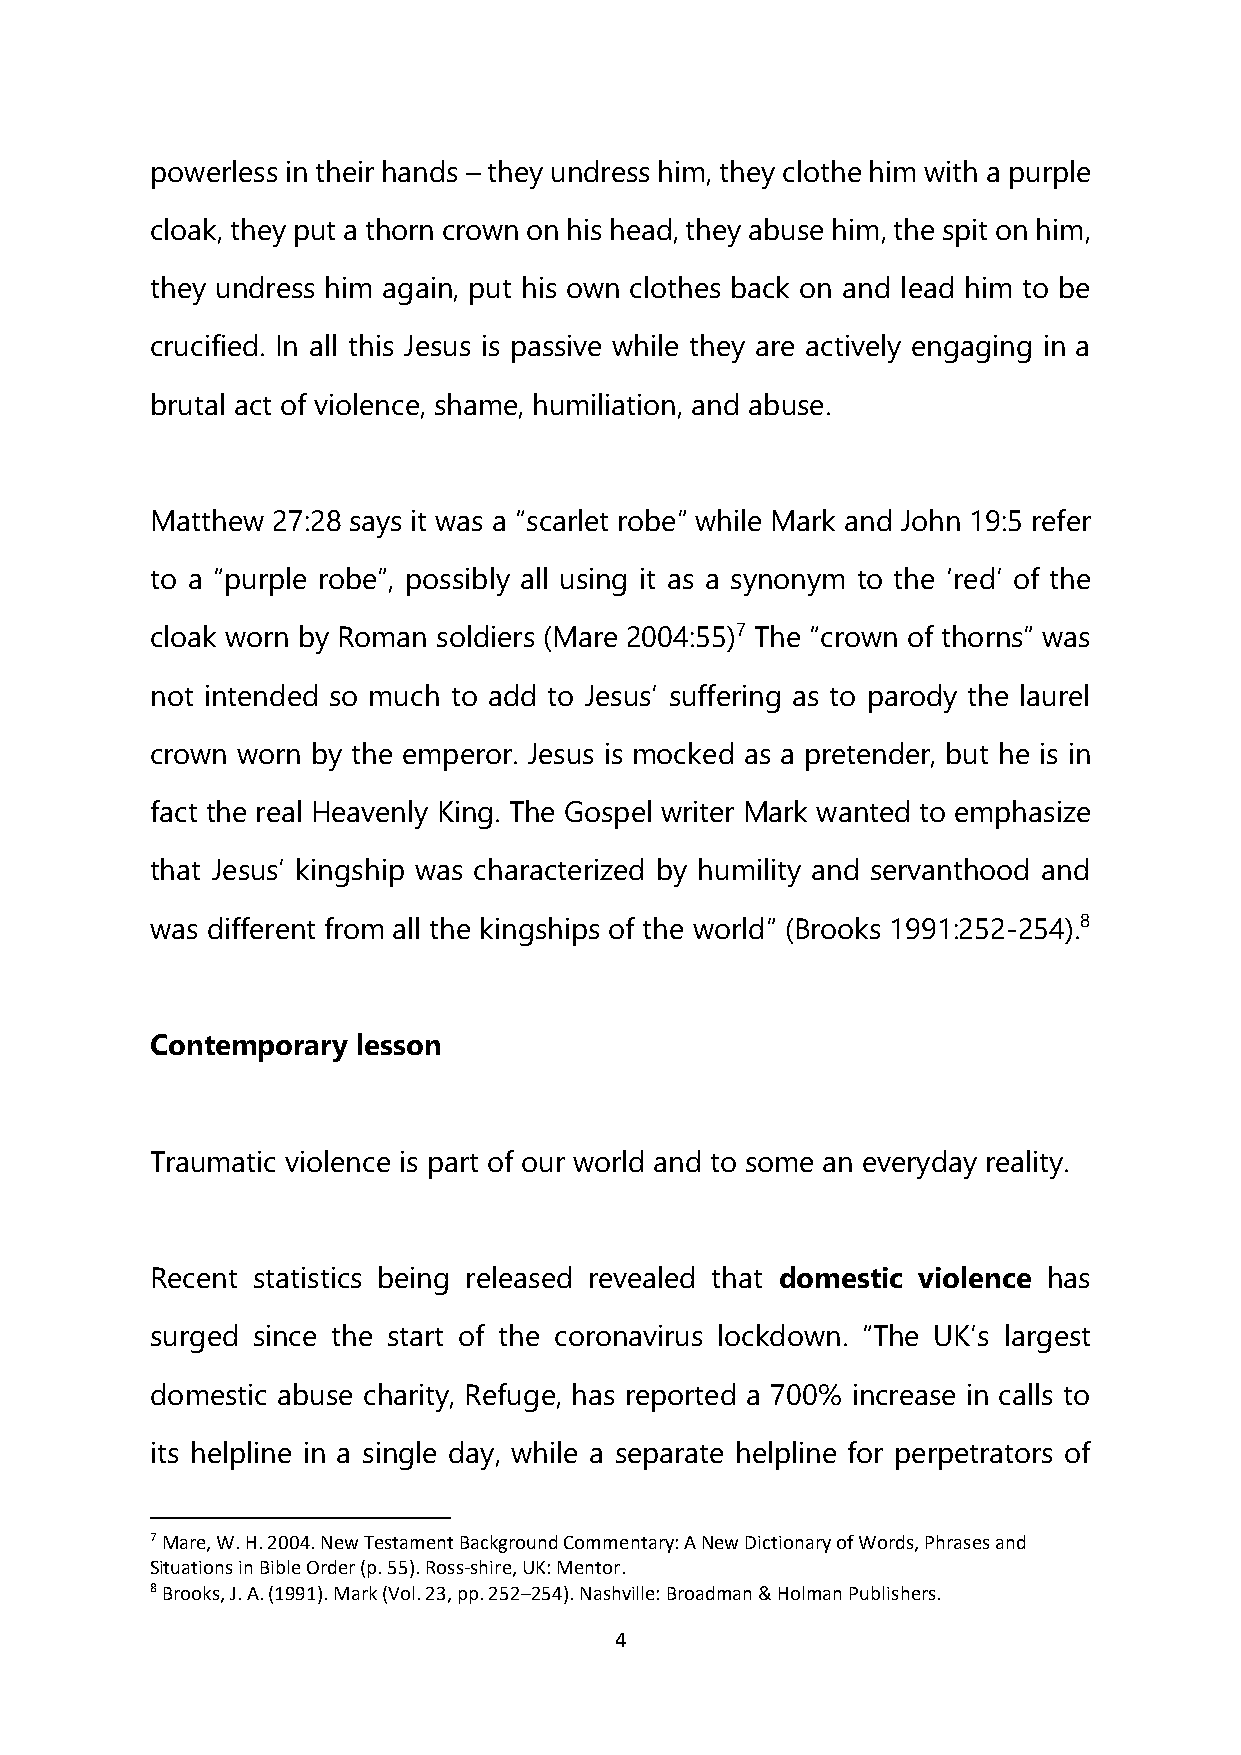
powerless in their hands – they undress him, they clothe him with a purple
 cloak, they put a thorn crown on his head, they abuse him, the spit on him,
 they undress him again, put his own clothes back on and lead him to be
 crucified. In all this Jesus is passive while they are actively engaging in a
 brutal act of violence, shame, humiliation, and abuse.
 Matthew 27:28 says it was a “scarlet robe” while Mark and John 19:5 refer
 to a “purple robe”, possibly all using it as a synonym to the ‘red’ of the
 cloak worn by Roman soldiers (Mare 2004:55)7 The “crown of thorns” was
 not intended so much to add to Jesus’ suffering as to parody the laurel
 crown worn by the emperor. Jesus is mocked as a pretender, but he is in
 fact the real Heavenly King. The Gospel writer Mark wanted to emphasize
 that Jesus’ kingship was characterized by humility and servanthood and
 was different from all the kingships of the world” (Brooks 1991:252-254).8
 Contemporary  lesson
 Traumatic violence is part of our world and to some an everyday reality.
 Recent statistics being released revealed that domestic violence has
 surged since the start of the coronavirus lockdown. “The UK’s largest
 domestic abuse charity, Refuge, has reported a 700% increase in calls to
 its helpline in a single day, while a separate helpline for perpetrators of
 7 Mare, W. H. 2004. New Testament Background Commentary: A New Dictionary of Words, Phrases and
 Situations in Bible Order (p. 55). Ross-shire, UK: Mentor.
 8 Brooks, J. A. (1991). Mark (Vol. 23, pp. 252–254). Nashville: Broadman & Holman Publishers.
 4